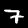
Label: 7